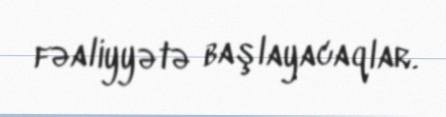
fəaliyyətə başlayacaqlar.